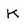
Character: K